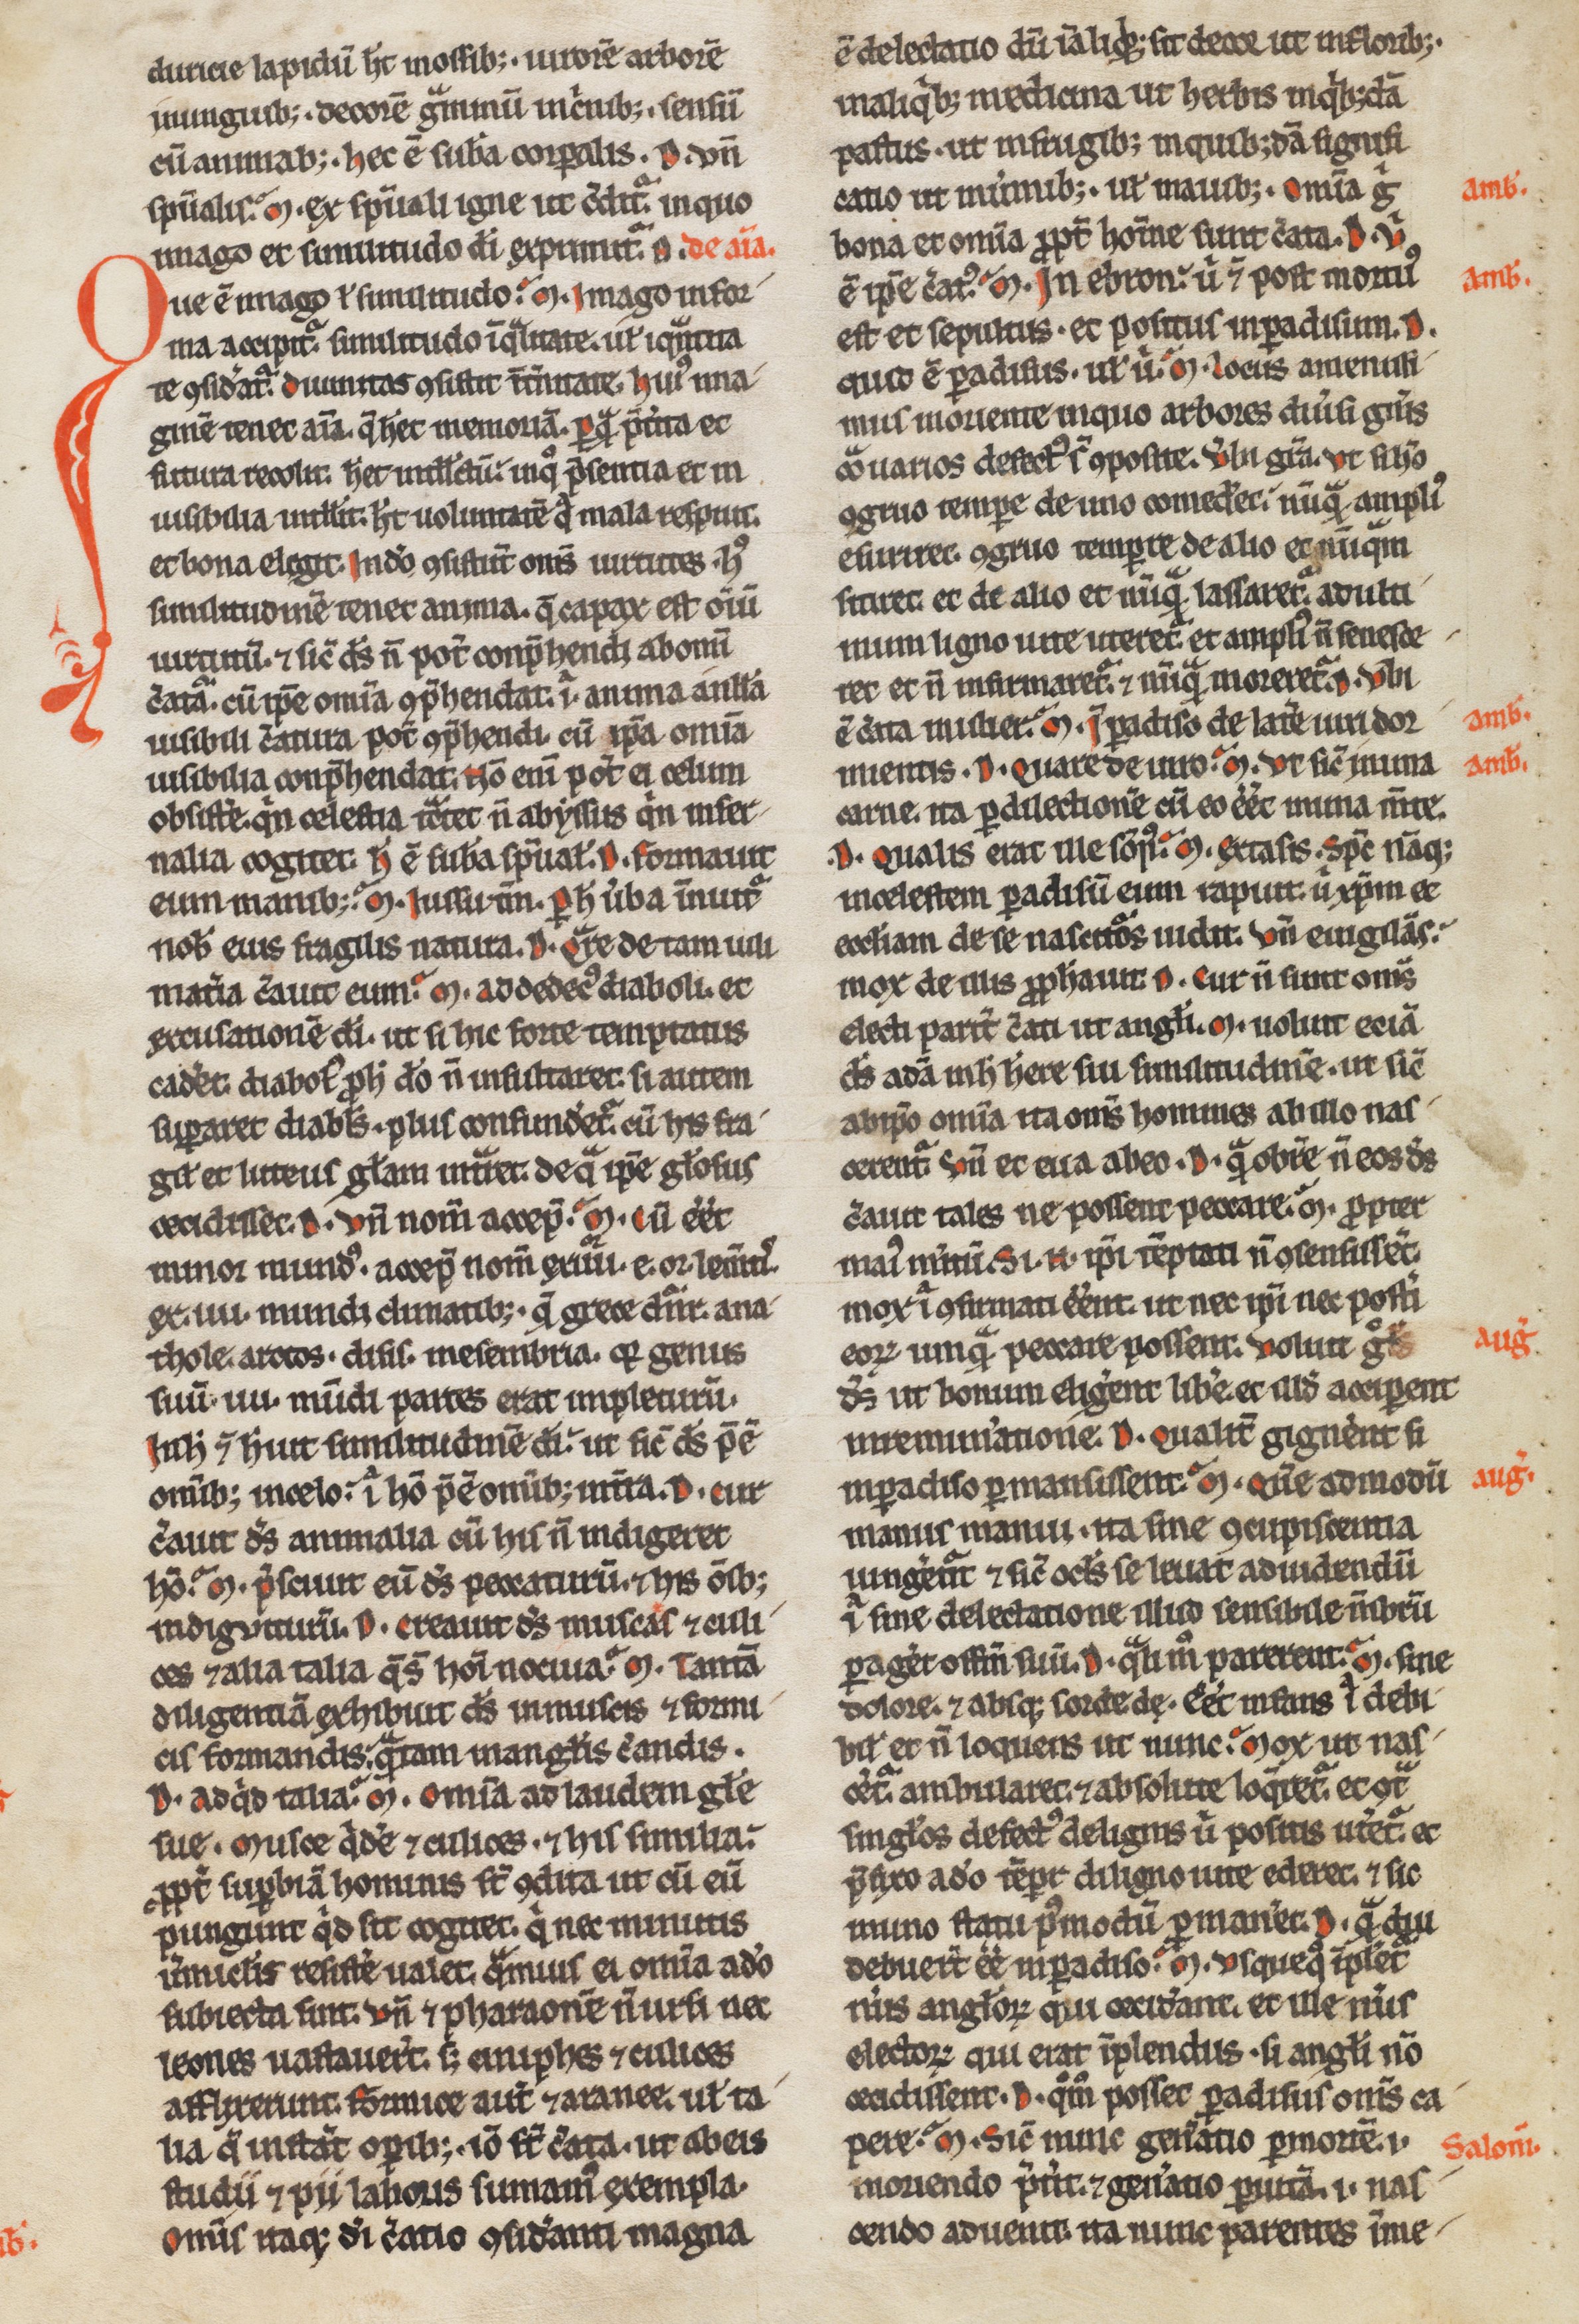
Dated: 1200–1249